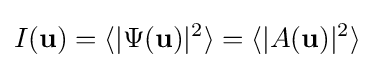
I({\textbf {u}})=\langle |\Psi ({\textbf {u}})|^{2}\rangle =\langle |A({\textbf {u}})|^{2}\rangle